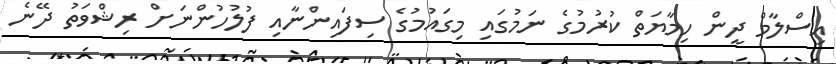
އިސްލާމް ދީން ހިމާޔަތް ކުރުމުގެ ނަމުގައި މިގައުމުގެ ސިފައިންނާއި ފުލުހުންނަށް ރިޝްވަތު ދޭނެ